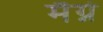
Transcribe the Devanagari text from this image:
मैग्ने